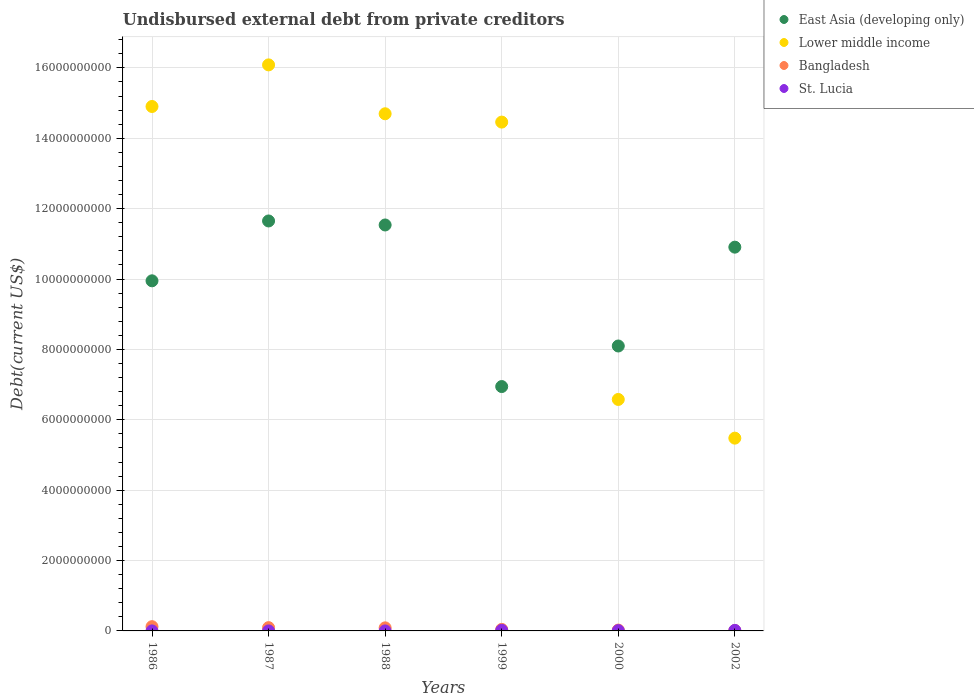
| Years | East Asia (developing only) | Lower middle income | Bangladesh | St. Lucia |
 | --- | --- | --- | --- | --- |
 | 1986 | 9.95e+09 | 1.49e+10 | 1.21e+08 | 3.27e+05 |
 | 1987 | 1.16e+10 | 1.61e+10 | 9.33e+07 | 4.15e+05 |
 | 1988 | 1.15e+10 | 1.47e+10 | 8.73e+07 | 4.02e+05 |
 | 1999 | 6.94e+09 | 1.45e+10 | 4.35e+07 | 1.74e+07 |
 | 2000 | 8.1e+09 | 6.58e+09 | 2.44e+07 | 9e+06 |
 | 2002 | 1.09e+10 | 5.48e+09 | 1.15e+07 | 1.5e+07 |